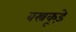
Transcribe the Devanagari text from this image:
वस्त्रकूड़े